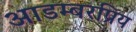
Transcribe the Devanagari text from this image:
आडम्बरप्रिय